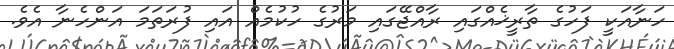
ހަނާއަކީ ފަހުގެ ތާރީޚެއްގައި ރާއްޖޭގައި މަރުގެ ހުކުމެއް އައި ފުރަތަމަ އަންހެނާ އެވެ.